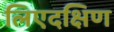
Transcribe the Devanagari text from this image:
लिएदक्षिण